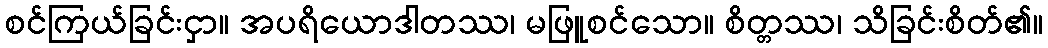
စင်ကြယ်ခြင်းငှာ။ အပရိယောဒါတဿ၊ မဖြူစင်သော။ စိတ္တဿ၊ သိခြင်းစိတ်၏။